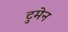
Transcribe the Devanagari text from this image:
टुमेन